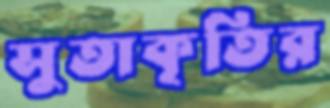
সুতাকৃতির